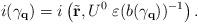
\begin{align*}i(\gamma_{\bf q}) = i\left(\tilde{\bf r}, U^{0}\; \varepsilon(b(\gamma_{\bf q}))^{-1} \right).\end{align*}